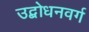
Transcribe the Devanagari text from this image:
उद्बोधनवर्ग